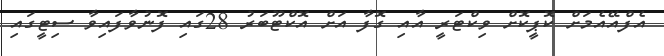
އެފްއޭއެމަށް ކޮޕީކޮށް ވިކްޓަރީ އާއި ގޮފާ އަށް އޮކްޓޫބަރު 28ގައި ފޮނުވާފައިވާ ސިޓީގައި